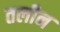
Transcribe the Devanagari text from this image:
तलीन